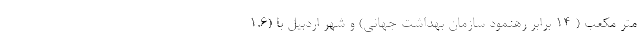
متر مکعب ( ۱۴ برابر رهنمود سازمان بهداشت جهانی) و شهر اردبیل با (۱.۶